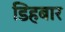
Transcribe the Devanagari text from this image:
डिहबार